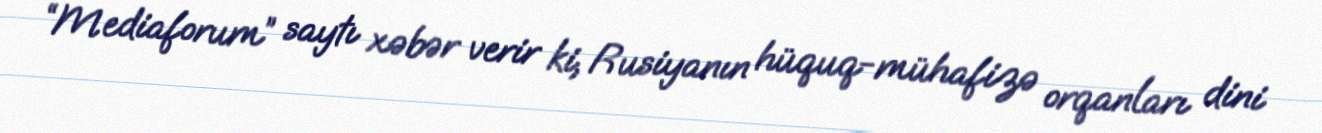
“Mediaforum” saytı xəbər verir ki, Rusiyanın hüquq-mühafizə orqanları dini